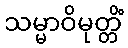
သမ္မာဝိမုတ္တိံ